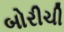
બોરીચી